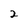
Character: 2